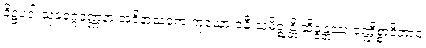
ဒိဋ္ဌပဒါ သုခဝဂ္ဂဝဏ္ဏနာ အဝိနာသကေ ကုယော ဇနီ သမိဇ္ဈန္တိ ဆိန္ဒန္တဿ ခဏ္ဍိစ္စာဒိဘာဝံ